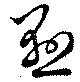
懸